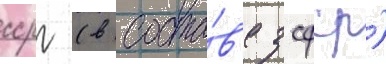
ссрг (в соста́в'е зсфср)